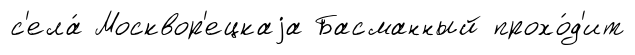
с'ела́ Москвор'ецкаjа Басманный прохо́д'ит